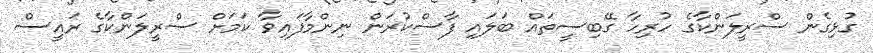
ގުޅިގެން ސްރީލަންކާގެ ހުރިހާ ގޭބިސީތައް ބަލައި ފާސްކުރަން ނިންމާފައިވާ ކަމަށް ސްރީލަންކާގެ ރައީސް